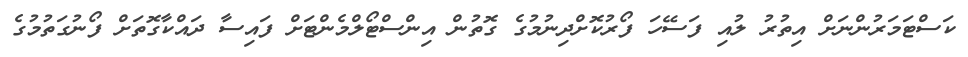
ކަސްޓަމަރުންނަށް އިތުރު ލުއި ފަސޭހަ ފޯރުކޮށްދިނުމުގެ ގޮތުން އިންސްޓޯލްމެންޓަށް ފައިސާ ދައްކާގޮތަށް ފޯނުގަތުމުގެ